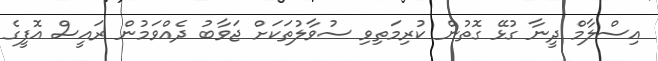
އިސްލާމް ދީނާ ގުޅޭ ގޮތުން ކުރިމަތިވި ސުވާލުތަކަށް ޖަވާބު ދެއްވަމުން ރައީސް އޮފީގެ